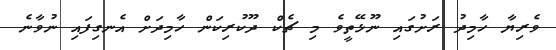
ވެރިޔާ ހާމިދު ރަށުގައި ނޫޅޭތީވެ މި ޗެކް ދޫކުރިކަން ހާމިދަށް އެނގިފައި ނުވާނެ